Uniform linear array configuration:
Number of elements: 32
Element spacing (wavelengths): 0.5
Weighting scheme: exponential
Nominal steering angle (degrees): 45
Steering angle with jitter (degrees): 43.211
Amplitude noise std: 0.05
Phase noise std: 0.05

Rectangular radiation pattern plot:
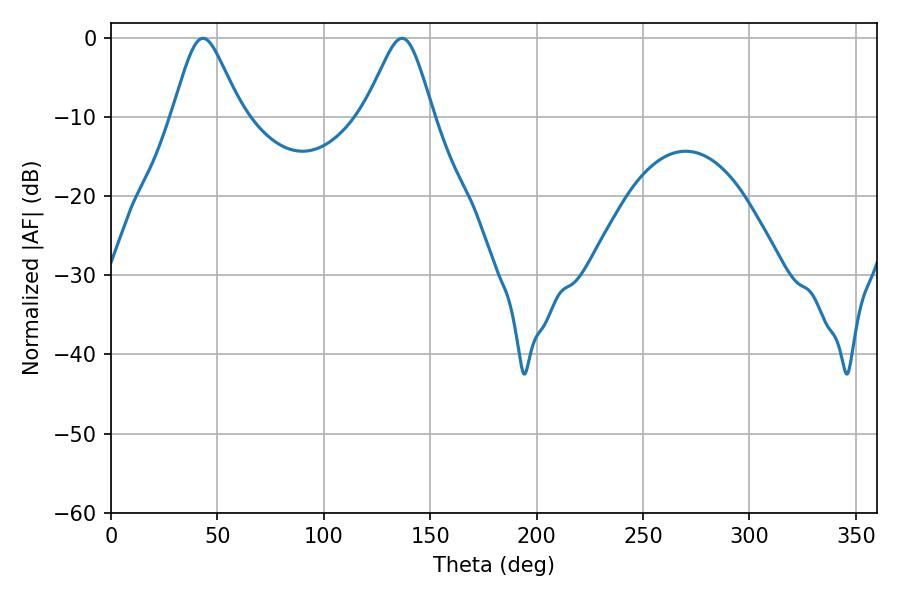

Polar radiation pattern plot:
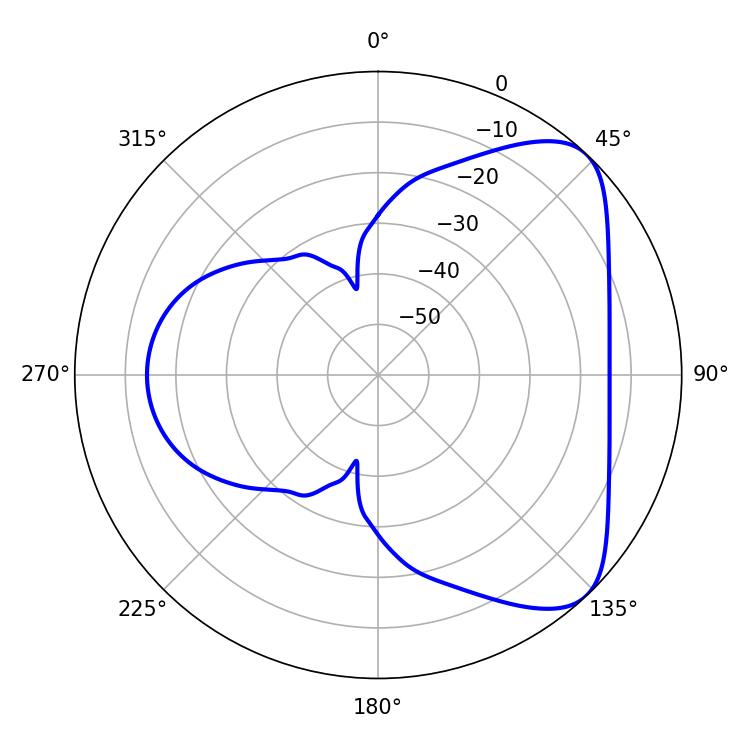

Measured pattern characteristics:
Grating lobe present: FALSE
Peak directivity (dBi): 6.316
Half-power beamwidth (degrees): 15.84
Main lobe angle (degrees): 43.2